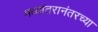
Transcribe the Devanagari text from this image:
मध्यांतरानंतरच्या